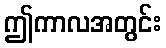
ဤကာလအတွင်း